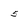
Character: 5